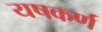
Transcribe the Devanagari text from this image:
यषकर्ण